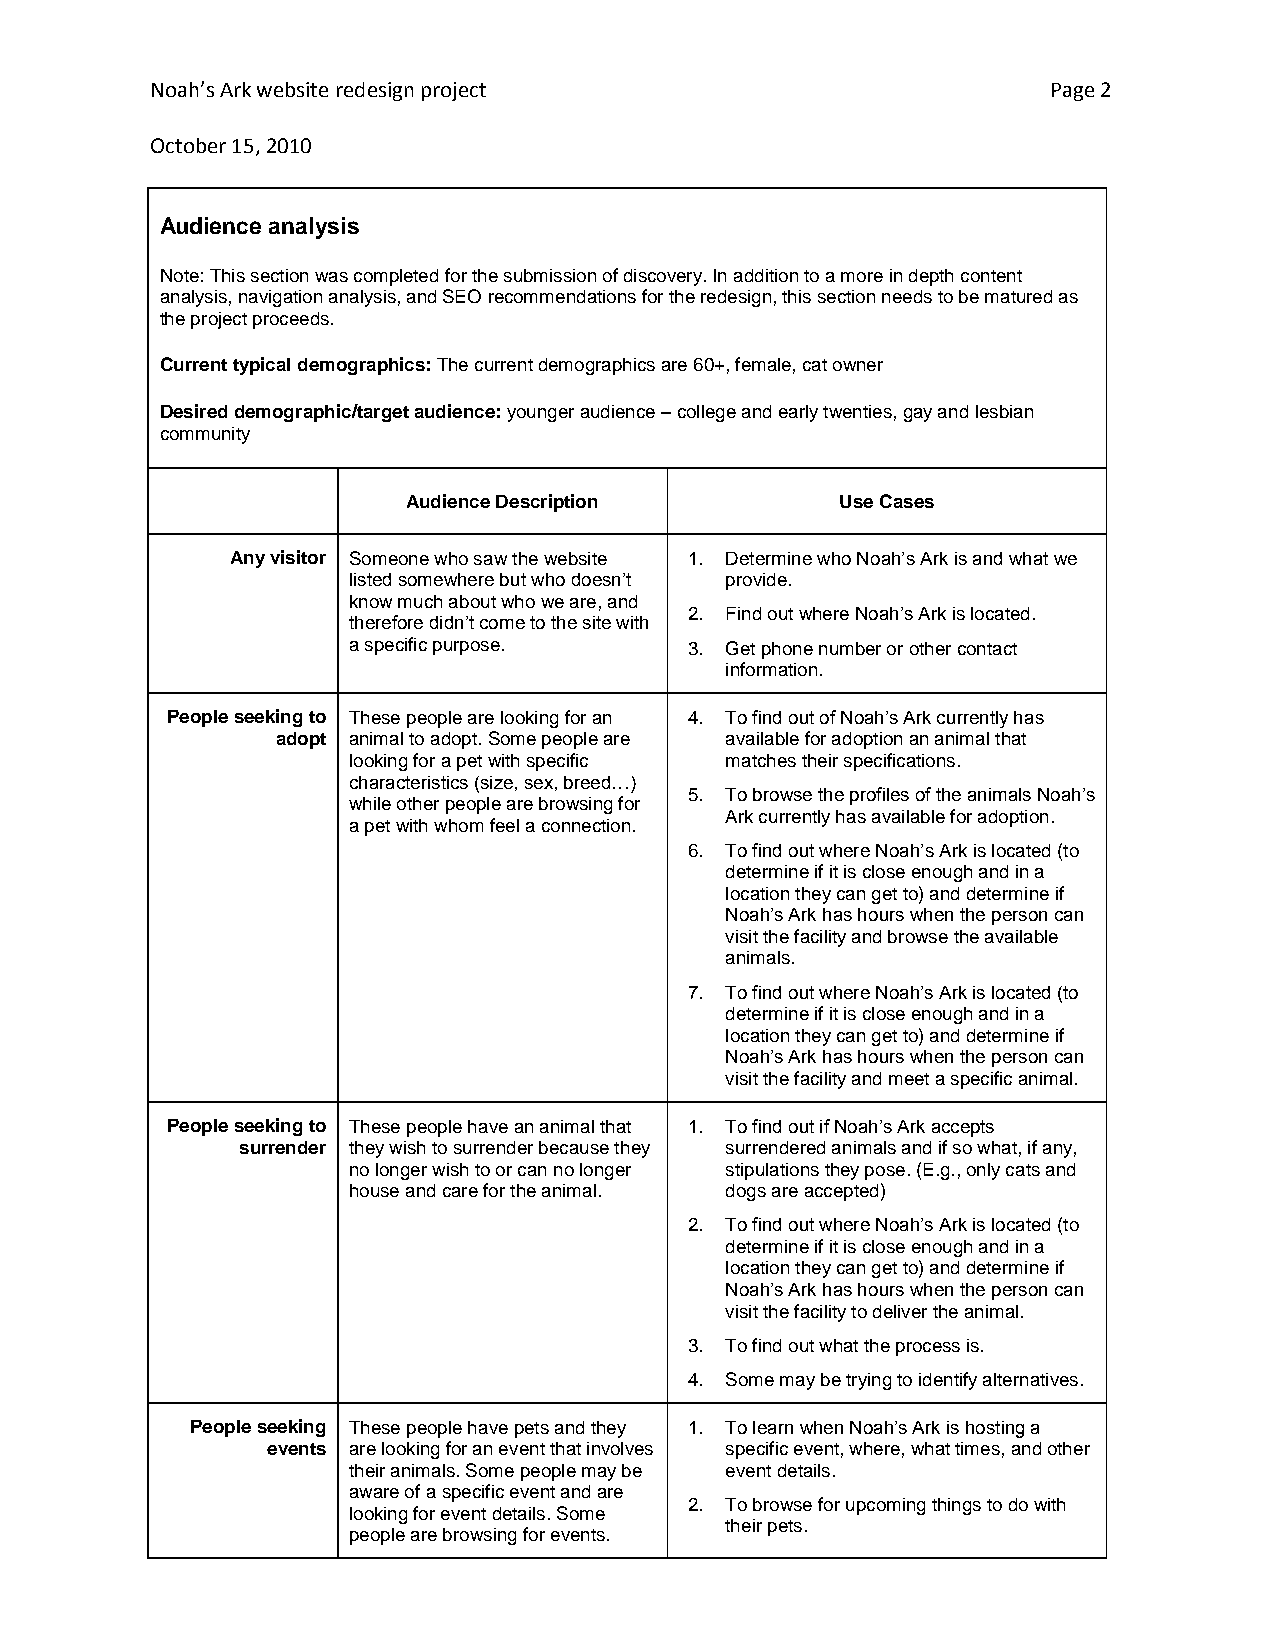
Noah’s Ark website redesign project                         Page 2
 October 15, 2010
 Audience analysis
 Note: This section was completed for the submission of discovery. In addition to a more in depth content
 analysis, navigation analysis, and SEO recommendations for the redesign, this section needs to be matured as
 the project proceeds.
 Current typical demographics: The current demographics are 60+, female, cat owner
 Desired demographic/target audience: younger audience – college and early twenties, gay and lesbian
 community
 Audience Description         Use Cases
 Any visitor Someone who saw the website 1. Determine who Noah’s Ark is and what we
 listed somewhere but who doesn’t provide.
 know much about who we are, and
 2. Find out where Noah’s Ark is located.
 therefore didn’t come to the site with
 a specific purpose.    3. Get phone number or other contact
 information.
 People seeking to These people are looking for an 4. To find out of Noah’s Ark currently has
 adopt animal to adopt. Some people are available for adoption an animal that
 looking for a pet with specific matches their specifications.
 characteristics (size, sex, breed…)
 5. To browse the profiles of the animals Noah’s
 while other people are browsing for
 Ark currently has available for adoption.
 a pet with whom feel a connection.
 6. To find out where Noah’s Ark is located (to
 determine if it is close enough and in a
 location they can get to) and determine if
 Noah’s Ark has hours when the person can
 visit the facility and browse the available
 animals.
 7. To find out where Noah’s Ark is located (to
 determine if it is close enough and in a
 location they can get to) and determine if
 Noah’s Ark has hours when the person can
 visit the facility and meet a specific animal.
 People seeking to These people have an animal that 1. To find out if Noah’s Ark accepts
 surrender they wish to surrender because they surrendered animals and if so what, if any,
 no longer wish to or can no longer stipulations they pose. (E.g., only cats and
 house and care for the animal. dogs are accepted)
 2. To find out where Noah’s Ark is located (to
 determine if it is close enough and in a
 location they can get to) and determine if
 Noah’s Ark has hours when the person can
 visit the facility to deliver the animal.
 3. To find out what the process is.
 4. Some may be trying to identify alternatives.
 People seeking These people have pets and they 1. To learn when Noah’s Ark is hosting a
 events are looking for an event that involves specific event, where, what times, and other
 their animals. Some people may be event details.
 aware of a specific event and are
 2. To browse for upcoming things to do with
 looking for event details. Some
 their pets.
 people are browsing for events.